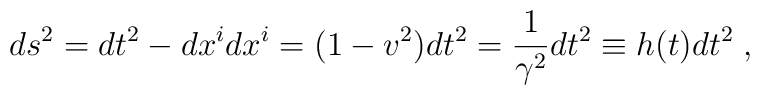
ds^2 = dt^2 - dx^i dx^i = (1 - v^2)dt^2 = \frac{1}{\gamma^2} dt^2 \equiv  h(t) dt^2   \; ,